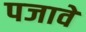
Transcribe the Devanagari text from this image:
पजावे